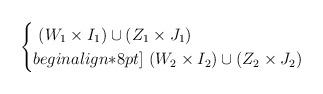
LaTeX: \begin{align*}\begin{cases}\ (W_1 \times I_1) \cup (Z_1 \times J_1) \\begin{align*}8pt]\ (W_2 \times I_2) \cup (Z_2 \times J_2)\end{cases}\end{align*}